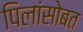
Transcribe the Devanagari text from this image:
पिलांसोबत